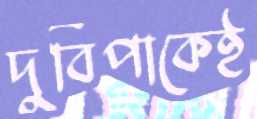
দুর্বিপাকেই